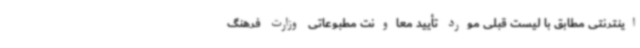
اینترنتی مطابق با لیست قبلی مورد تأیید معاونت مطبوعاتی وزارت فرهنگ